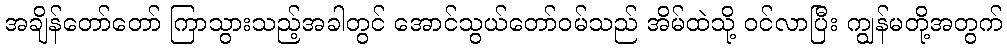
အချိန်တော်တော် ကြာသွားသည့်အခါတွင် အောင်သွယ်တော်ဝမ်သည် အိမ်ထဲသို့ ဝင်လာပြီး ကျွန်မတို့အတွက်